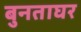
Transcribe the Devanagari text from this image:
बुनताघर